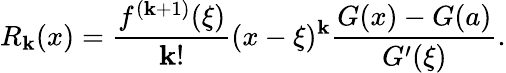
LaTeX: R_{\mathbf{k}}(x)={\frac{{f^{(\mathbf{k}+1)}(\xi)}}{{\mathbf{k}!}}}(x-\xi)^{\mathbf{k}}{\frac{{G(x)-G(a)}}{{G^{\prime}(\xi)}}}.